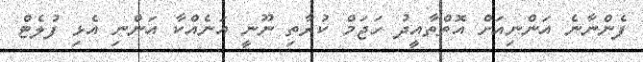
ފެންނާނެ އަންނިއަށް އޮތްތާއީދު ހަޖަމް ކުރާތި ނޫނީ އަނެއްކާ އަންނި އެޅި ފުލެޓް